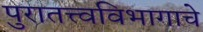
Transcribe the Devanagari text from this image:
पुरातत्त्वविभागाचे